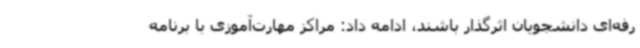
رفه‌ای دانشجویان اثرگذار باشند، ادامه داد: مراکز مهارت‌آموزی با برنامه